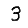
Digit: 3